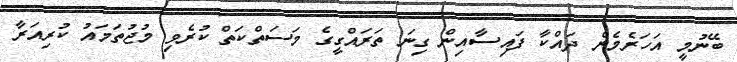
ބޭނުމީ އަހަރެމެން ދައްކާ ފައިސާއިން ގިނަ ތަރައްގީގެ މަސަތްކަތް ކުރެވި މުޖުތަމައު ކުރިއަރާ